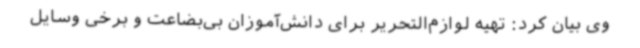
وی بیان کرد: تهیه لوازم‌التحریر برای دانش‌آموزان بی‌بضاعت و برخی وسایل